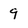
Character: 9